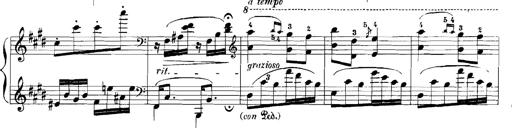
Title: Rhapsodies hongroises
Composer: Franz Liszt